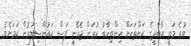
ވުރެ މަތީ އާބާދީގެ ރަށްތަކަށް އިންތިހާބު ކުރަން ޖެހޭނީ ފަސް ކައުންސިލަރުން ކަމަށެވެ.